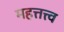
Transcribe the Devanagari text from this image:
महत्तत्त्व